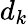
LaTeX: d_{k}